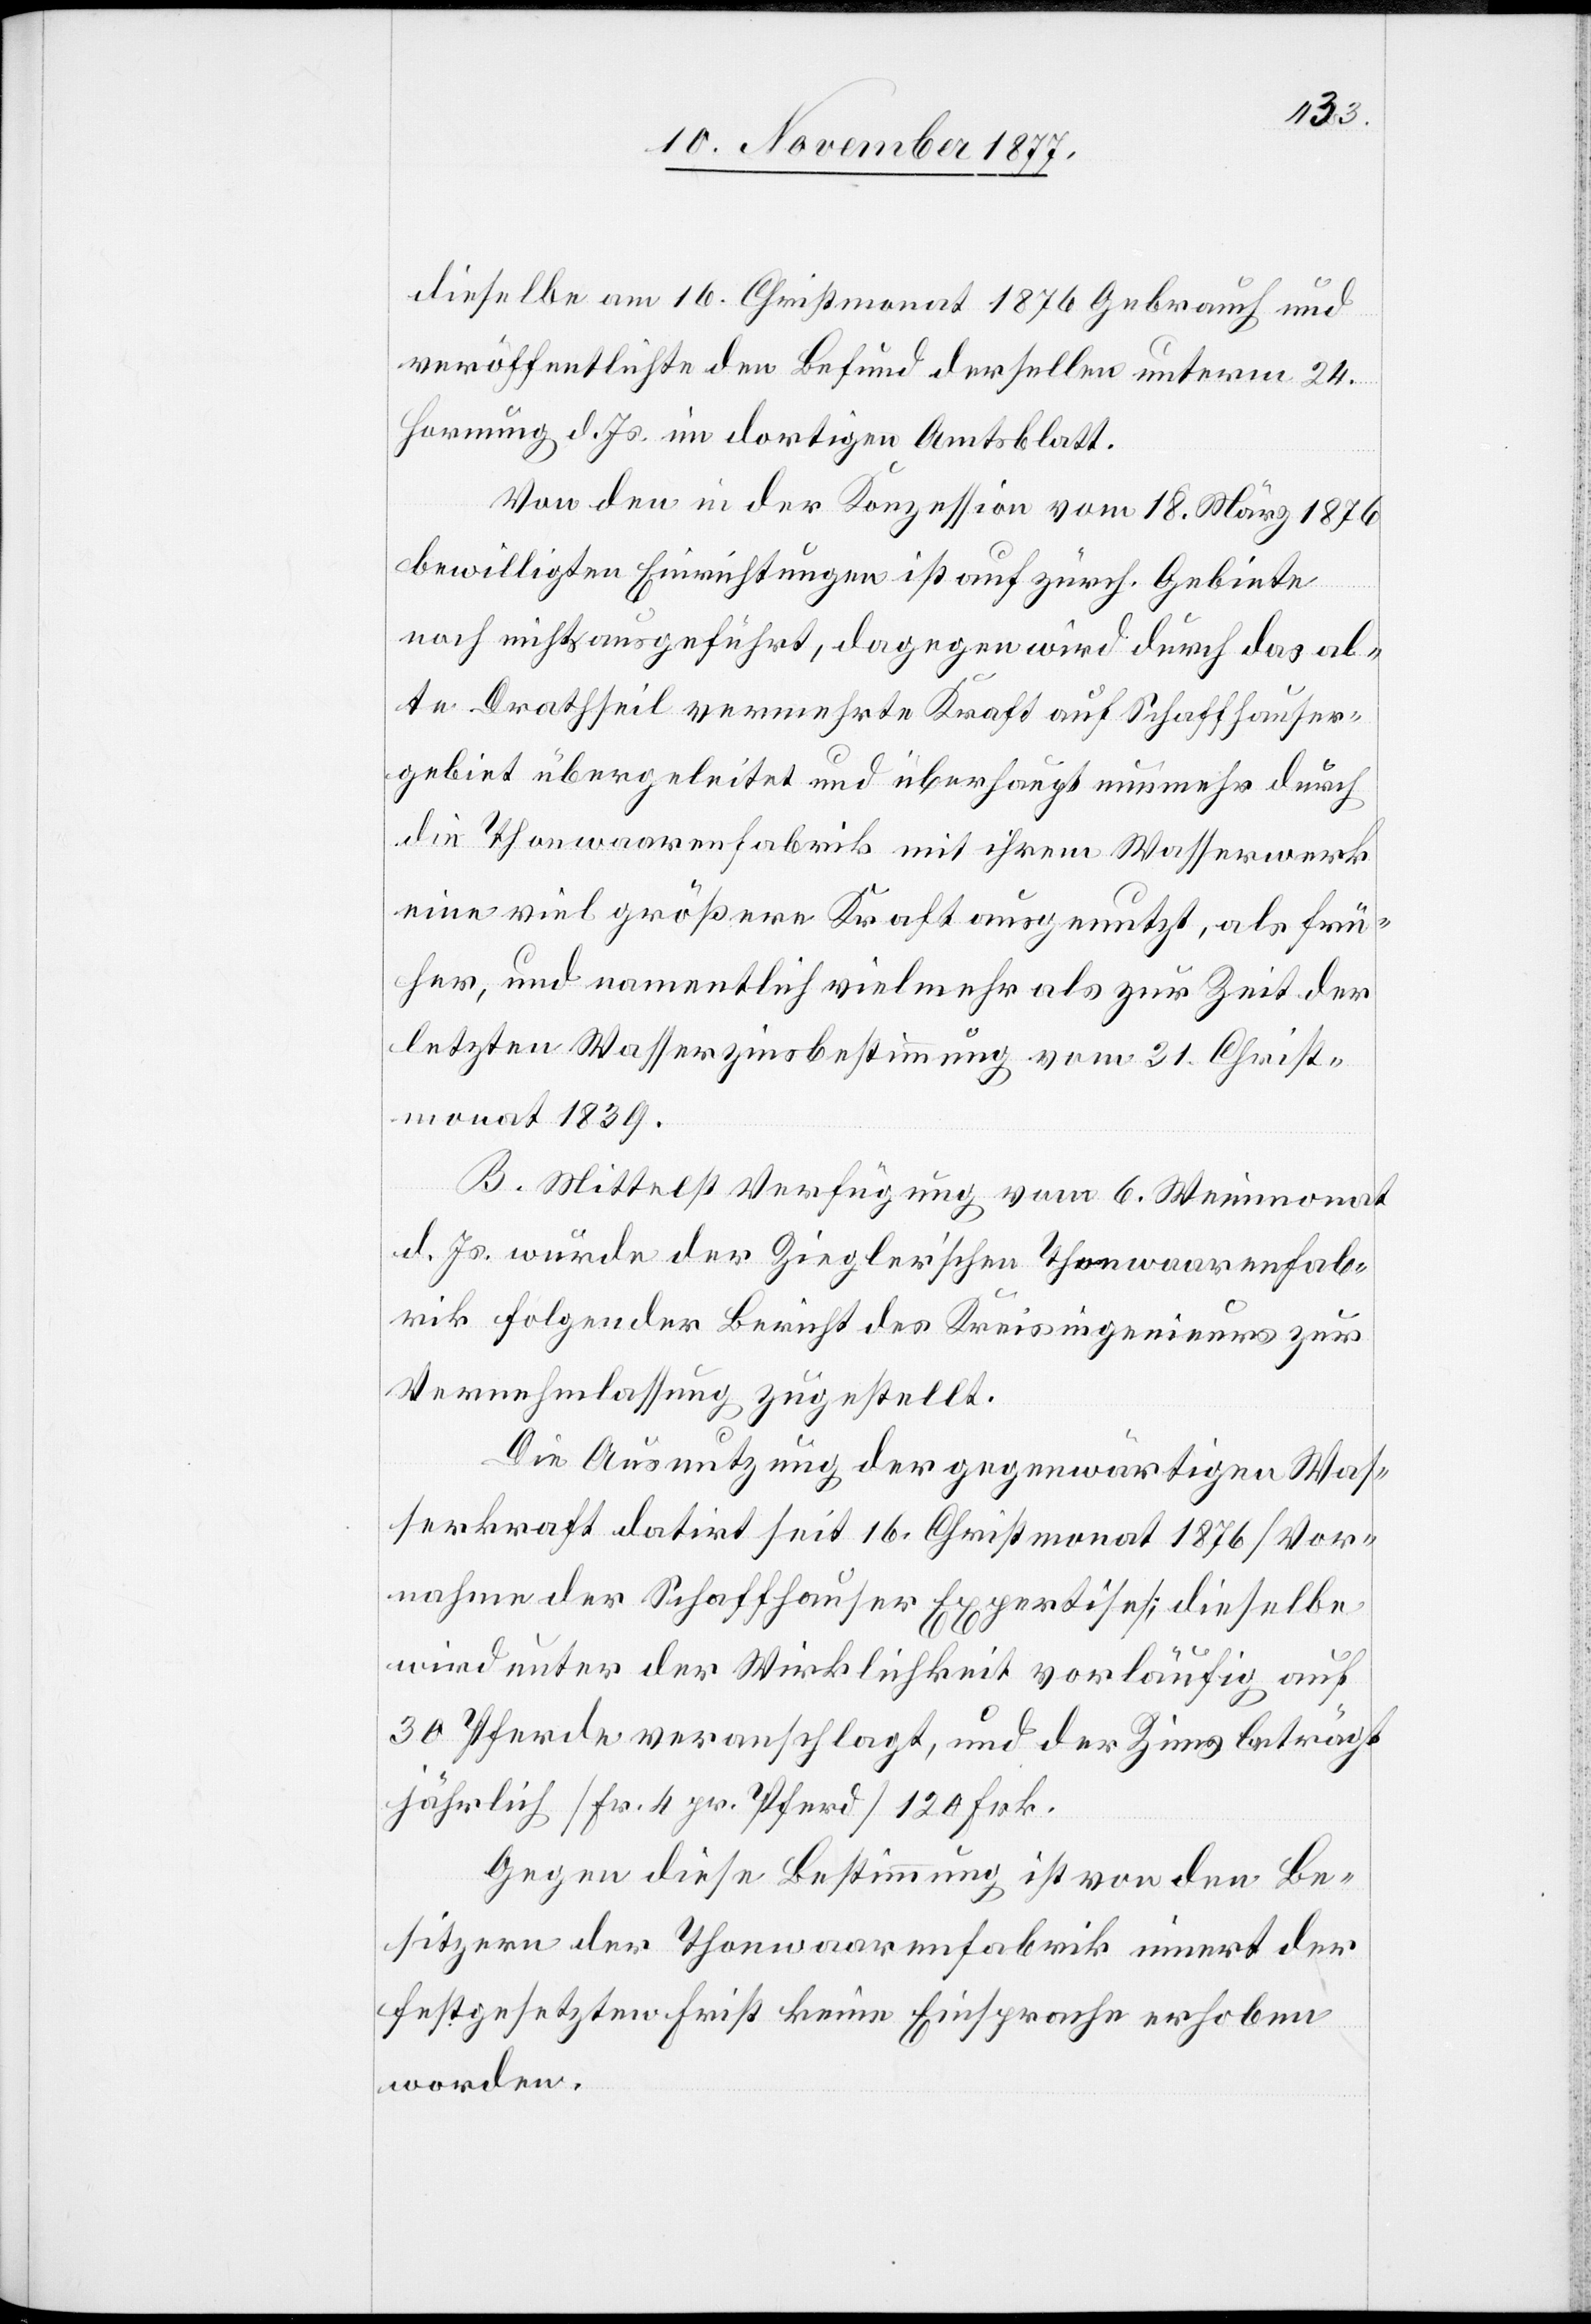
dieselbe am 16. Christmonat 1876 Gebrauch und
veröffentlichte den Befund derselben unterm 24.
Hornung d. Js. im dortigen Amtsblatt.
Von den in der Konzession vom 18. März 1876
bewilligten Einrichtungen ist auf zürch. Gebiete
noch nichts ausgeführt, dagegen wird durch das al¬
te Drathseil vermehrte Kraft auf Schaffhauser¬
gebiet übergeleitet und überhaupt nunmehr durch
die Thonwaarenfabrik mit ihrem Wasserwerk
eine viel größere Kraft ausgenutzt, als frü¬
her, und namentlich vielmehr als zur Zeit der
letzten Wasserzinsbestimmung vom 31. Christ¬
monat 1839.
B. Mittelst Verfügung vom 6. Weinmonat
d. Js. wurde der Ziegler’schen Thonwaarenfab¬
rik folgender Bericht des Kreisingenieurs zur
Vernehmlassung zugestellt.
Die Ausnutzung der gegenwärtigen Was¬
serkraft datirt seit 16. Christmonat 1876 [Vor¬
nahme der Schaffhauser Expertise]; dieselbe
wird unter der Wirklichkeit vorläufig auf
30 Pferde veranschlagt, und der Zins beträgt
jährlich [Fr. 4 pr. Pferd] 120 Frk.
Gegen diese Bestimmung ist von den Be¬
sitzern der Thonwaarenfabrik innert der
festgesetzten Frist keine Einsprache erhoben
worden.